Civil Veterinary Department. Madras. Admin. report 1926-33 - 1926-1933
Year: 1926
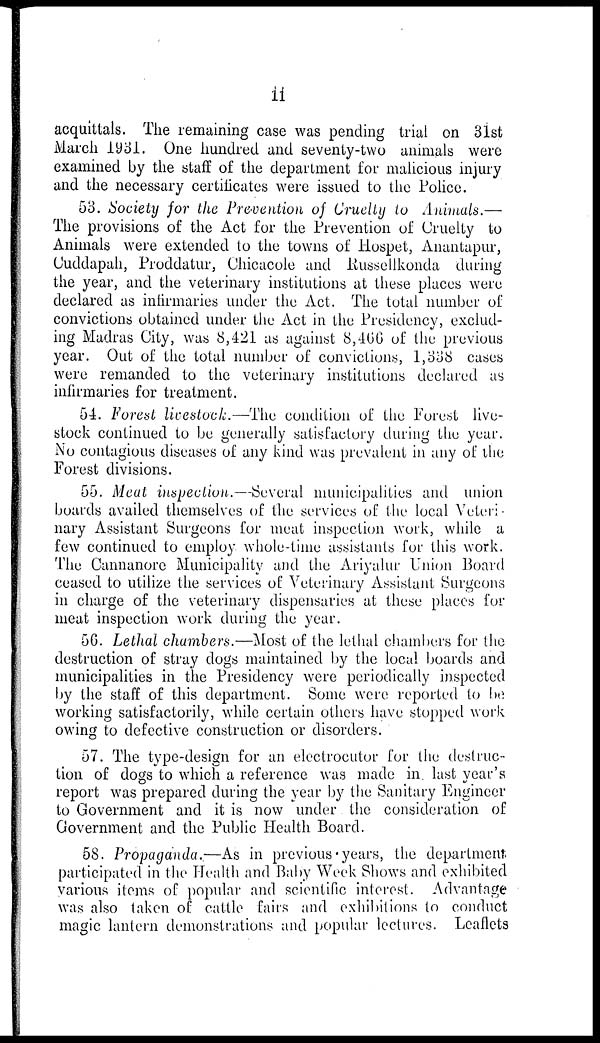
11
acquittals. The remaining case was pending trial on 31st
March 1931. One hundred and seventy-two animals were
examined by the staff of the department for malicious injury
and the necessary certificates were issued to the Police.
53. Society for the Prevention of Cruelty to Animals.—
The provisions of the Act for the Prevention of Cruelty to
Animals were extended to the towns of Hospet, Anantapur,
Cuddapah, Proddatur, Chicacole and Russellkonda during
the year, and the veterinary institutions at these places were
declared as infirmaries under the Act. The total number of
convictions obtained under the Act in the Presidency, exclud-
ing Madras City, was 8,421 as against 8,466 of the previous
year. Out of the total number of convictions, 1,338 cases
were remanded to the veterinary institutions declared as
infirmaries for treatment.
54. Forest livestock.—The condition of the Forest live-
stock continued to be generally satisfactory during the year.
No contagious diseases of any kind was prevalent in any of the
Forest divisions.
55. Meat inspection.—Several municipalities and union
boards availed themselves of the services of the local Veteri-
nary Assistant Surgeons for meat inspection work, while a
few continued to employ whole-time assistants for this work.
The Cannanore Municipality and the Ariyalur Union Board
ceased to utilize the services of Veterinary Assistant Surgeons
in charge of the veterinary dispensaries at these places for
meat inspection work during the year.
56. Lethal chambers.—Most of the lethal chambers for the
destruction of stray dogs maintained by the local boards and
municipalities in the Presidency were periodically inspected
by the staff of this department. Some were reported to be
working satisfactorily, while certain others have stopped work
owing to defective construction or disorders.
57. The type-design for an electrocutor for the destruc-
tion of dogs to which a reference was made in. last year's
report was prepared during the year by the Sanitary Engineer
to Government and it is now under the consideration of
Government and the Public Health Board.
58. Propaganda.—As in previous years, the department
participated in the Health and Baby Week Shows and exhibited
various items of popular and scientific interest. Advantage
was also taken of cattle fairs and exhibitions to conduct
magic lantern demonstrations and popular lectures. Leaflets